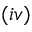
( i v )